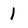
Character: 1